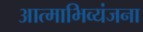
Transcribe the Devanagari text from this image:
आत्‍माभिव्‍यंजना